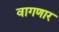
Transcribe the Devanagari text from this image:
वागणार